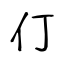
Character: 仃